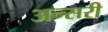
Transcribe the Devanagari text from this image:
अन्सरी